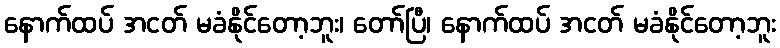
နောက်ထပ် အငတ် မခံနိုင်တော့ဘူး၊ တော်ပြီ၊ နောက်ထပ် အငတ် မခံနိုင်တော့ဘူး